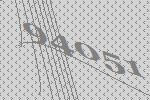
94051